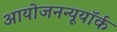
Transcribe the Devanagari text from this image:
आयोजनन्यूयॉर्क